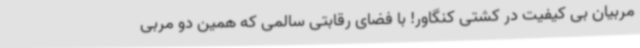
مربیان بی کیفیت در کشتی کنگاور! با فضای رقابتی سالمی که همین دو مربی